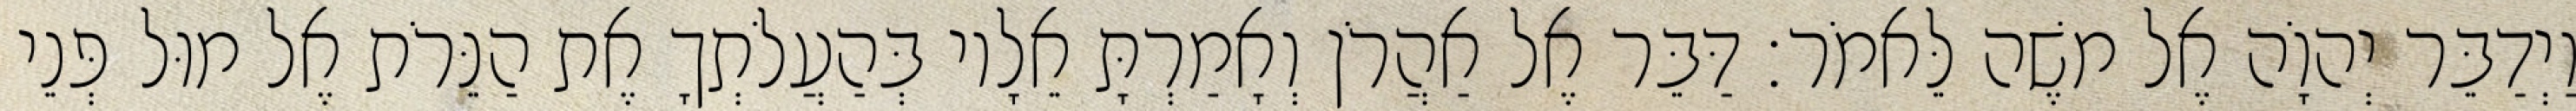
וַיְדַבֵּר יְהוָֹה אֶל משֶׁה לֵּאמֹר׃ דַּבֵּר אֶל אַהֲרֹן וְאָמַרְתָּ אֵלָיו בְּהַעֲלֹתְךָ אֶת הַנֵּרֹת אֶל מוּל פְּנֵי